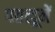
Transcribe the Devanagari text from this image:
पतलूनें